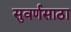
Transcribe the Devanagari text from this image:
सुवर्णसाठा